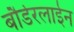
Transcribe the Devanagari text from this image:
बौर्डरलाईन